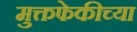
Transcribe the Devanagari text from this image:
मुक्तफेकीच्या